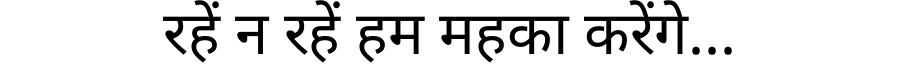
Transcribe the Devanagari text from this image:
रहें न रहें हम महका करेंगे...